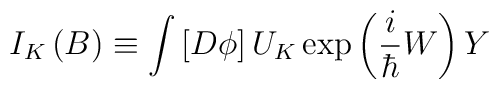
I_K\left( B\right) \equiv \int \left[ D\phi \right] U_K\exp \left(\frac i\hbar W\right) Y